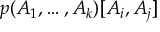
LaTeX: p ( A _ { 1 } , \ldots , A _ { k } ) [ A _ { i } , A _ { j } ]